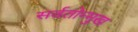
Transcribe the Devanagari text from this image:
सर्वतोन्मुख